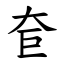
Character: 奆